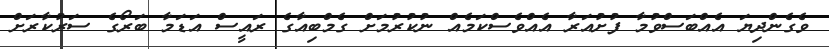
ވެގެންދިޔަ އެއްބަސްވުމާ ފުށުއަރާ އެއްވެސްކަމެއް ނުކުރުމަށް ގެމްބިއާގެ ރައީސް އަޑަމާ ބަރޯގެ ސަރުކާރަށް